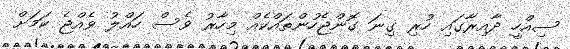
ސިއްހީ ދާއިރާގައި ހުރި ގިނަ ގޮންޖެހުންތައްކެއް މިހާރު ވެސް ހައްލު ވެއްޖެ ކަމަށް